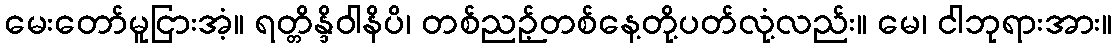
မေးတော်မူငြားအံ့။ ရတ္တိန္ဒိဝါနိပိ၊ တစ်ညဉ့်တစ်နေ့တို့ပတ်လုံ့လည်း။ မေ၊ ငါဘုရားအား။